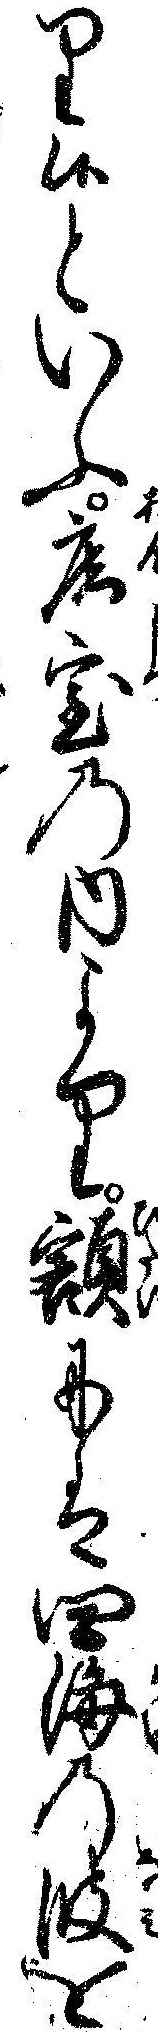
り候といふ庵室の内より額には四海の波を